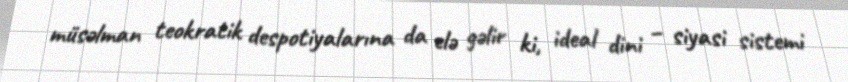
müsəlman teokratik despotiyalarına da elə gəlir ki, ideal dini – siyasi sistemi